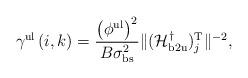
LaTeX: \begin{align*}\gamma^{\mathrm{ul}}\left(i,k\right) = \frac{\left(\phi^{\mathrm{ul}}\right)^2}{B\sigma^2_{\mathrm{bs}}} \|(\mathcal{H}^{\dagger}_{\mathrm{b2u}})^\mathrm{T}_j \|^{-2}, \end{align*}